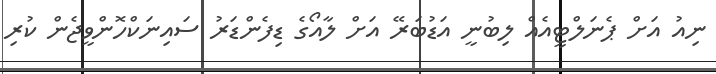
ނިއު އަށް ޕެނަލްޓީއެއް ލިބުނީ އަޑުބަރޭ އަށް ލާއޯގެ ޑިފެންޑަރު ސައިނަކްހޮންވީޖެން ކުރި